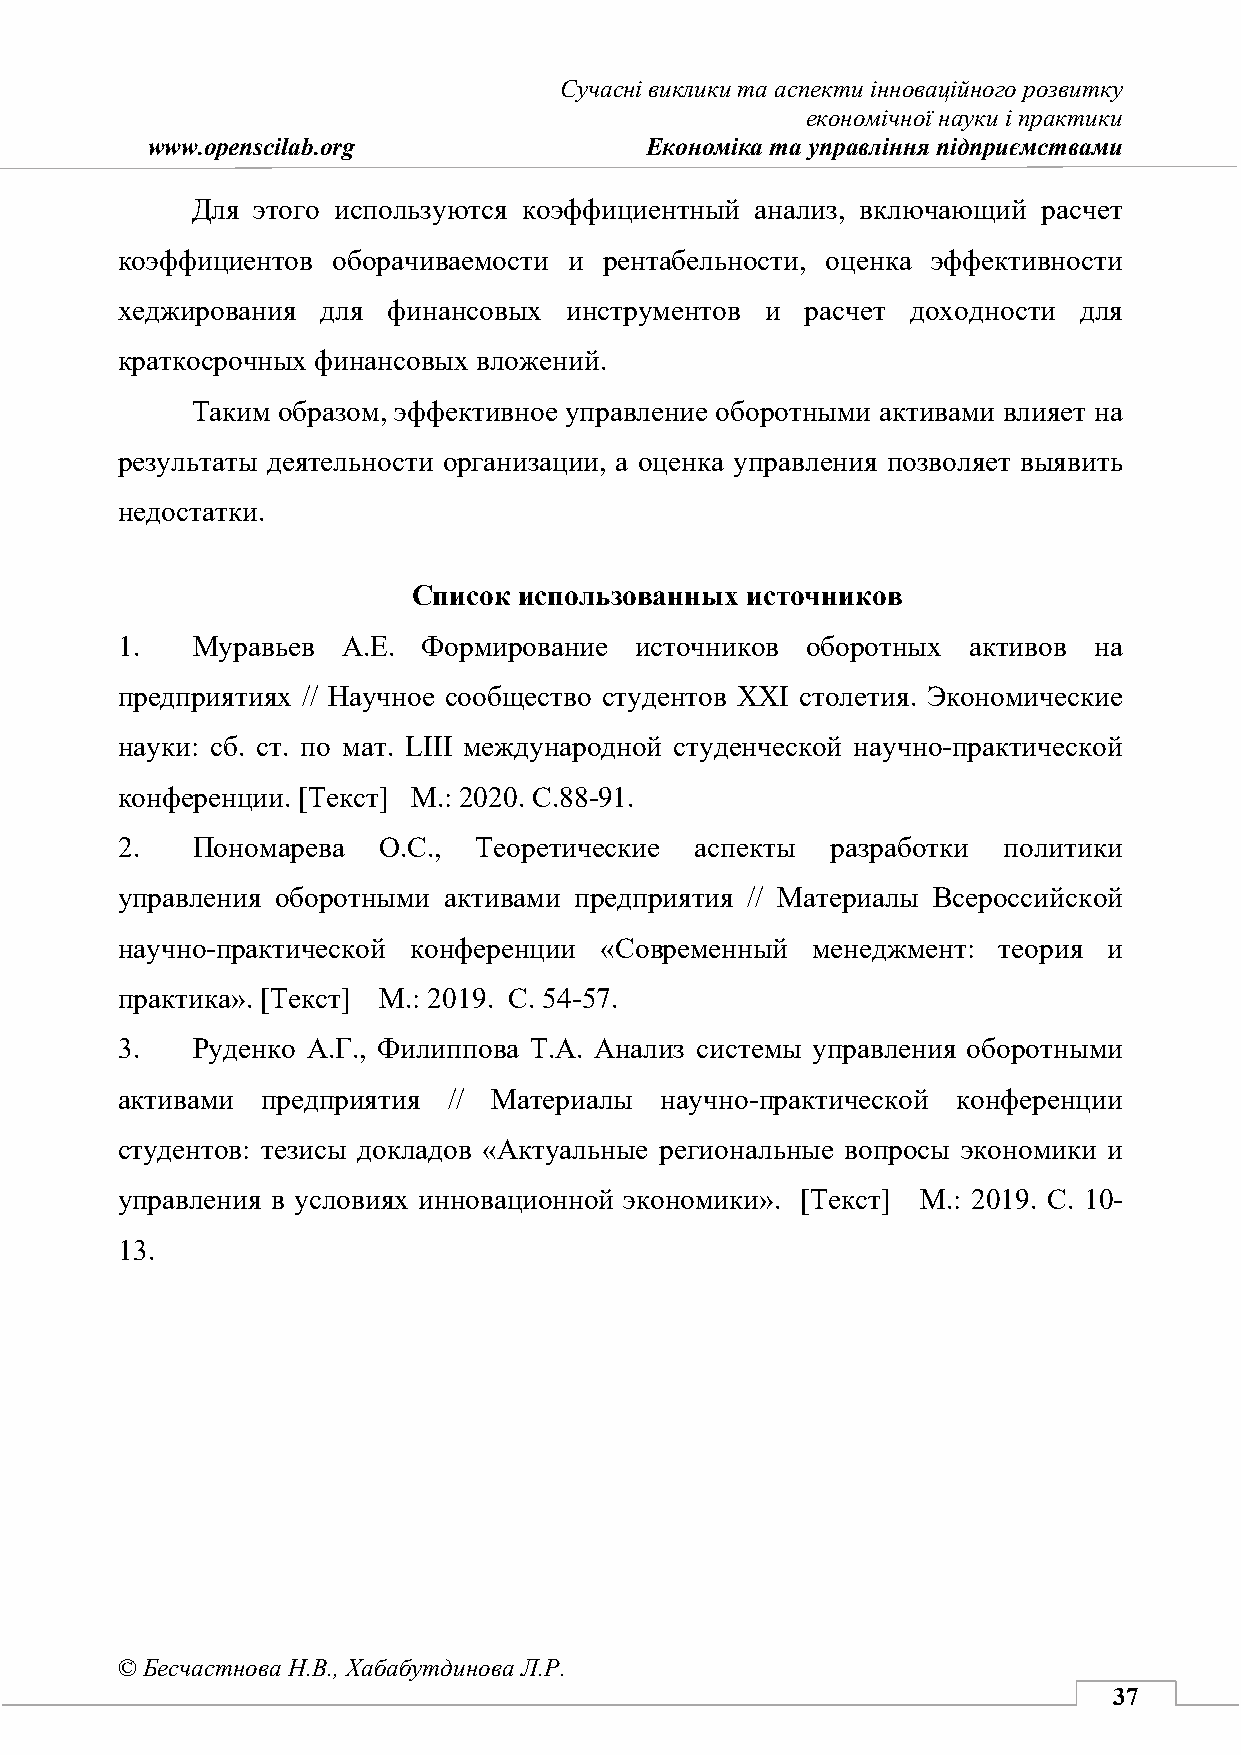
Сучасні виклики та аспекти інноваційного розвитку
 економічної науки і практики
 www.openscilab.org               Економіка та управління підприємствами
 Для этого используются коэффициентный анализ, включающий расчет
 коэффициентов оборачиваемости и рентабельности, оценка эффективности
 хеджирования для  финансовых  инструментов и расчет доходности для
 краткосрочных финансовых вложений.
 Таким образом, эффективное управление оборотными активами влияет на
 результаты деятельности организации, а оценка управления позволяет выявить
 недостатки.
 Список использованных источников
 1.   Муравьев  А.Е. Формирование  источников оборотных  активов на
 предприятиях // Научное сообщество студентов XXI столетия. Экономические
 науки: сб. ст. по мат. LIII международной студенческой научно-практической
 конференции. [Текст] М.: 2020. С.88-91.
 2.   Пономарева  О.С.,  Теоретические аспекты  разработки политики
 управления оборотными активами предприятия // Материалы Всероссийской
 научно-практической конференции «Современный  менеджмент: теория и
 практика». [Текст] М.: 2019. С. 54-57.
 3.   Руденко А.Г., Филиппова Т.А. Анализ системы управления оборотными
 активами предприятия  // Материалы  научно-практической конференции
 студентов: тезисы докладов «Актуальные региональные вопросы экономики и
 управления в условиях инновационной экономики». [Текст] М.: 2019. С. 10-
 13.
 © Бесчастнова Н.В., Хабабутдинова Л.Р.
 37